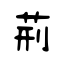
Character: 荊